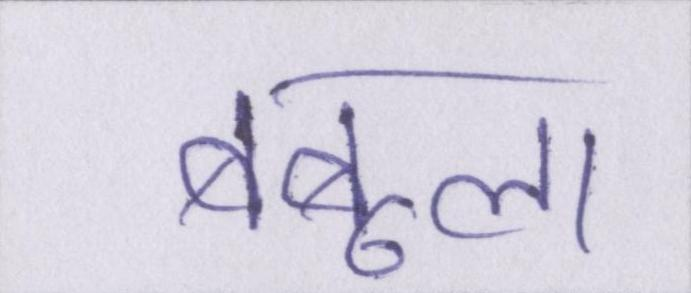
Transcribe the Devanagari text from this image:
बबूला